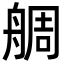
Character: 𦩍